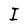
Character: I